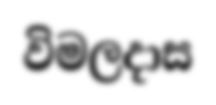
විමලදාස